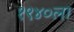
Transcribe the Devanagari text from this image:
१९४०ला